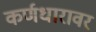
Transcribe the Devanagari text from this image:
कर्णधारावर